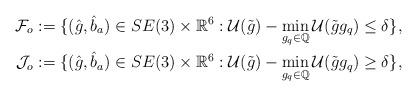
LaTeX: \begin{align*}\mathcal{F}_o: = \{(\hat{g},\hat{b}_a)\in SE(3) \times \mathbb{R}^6 : \mathcal{U}(\tilde{g}) - \min_{g_q\in \mathbb{Q}}\mathcal{U}(\tilde{g}g_q) \leq \delta \}, \\\mathcal{J}_o: = \{(\hat{g},\hat{b}_a)\in SE(3)\times \mathbb{R}^6: \mathcal{U}(\tilde{g}) - \min_{g_q\in \mathbb{Q}}\mathcal{U}(\tilde{g}g_q) \geq \delta \} , \end{align*}